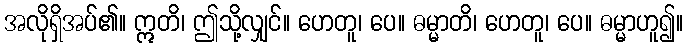
အလိုရှိအပ်၏။ ဣတိ၊ ဤသို့လျှင်။ ဟေတူ၊ ပေ။ ဓမ္မာတိ၊ ဟေတူ၊ ပေ။ ဓမ္မာဟူ၍။